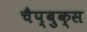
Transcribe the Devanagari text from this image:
चैप्बुक्स